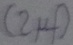
Text: (2µF)